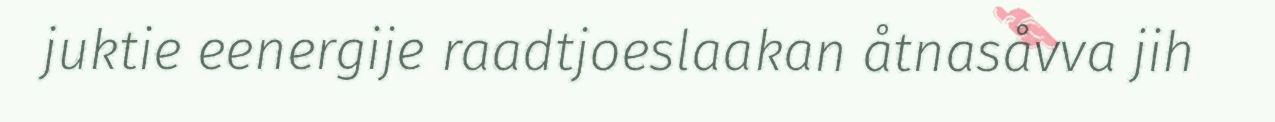
juktie eenergije raadtjoeslaakan åtnasåvva jih